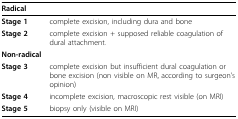
<table><thead><tr><td colspan="2"><b>Radical</b></td></tr></thead><tbody><tr><td><b>Stage 1</b></td><td>complete excision, including dura and bone</td></tr><tr><td><b>Stage 2</b></td><td>complete excision + supposed reliable coagulation of dural attachment.</td></tr><tr><td colspan="2"><b>Non-radical</b></td></tr><tr><td><b>Stage 3</b></td><td>complete excision but insufficient dural coagulation or bone excision (non visible on MR, according to surgeon&#x27;s opinion)</td></tr><tr><td><b>Stage 4</b></td><td>incomplete excision, macroscopic rest visible (on MRI)</td></tr><tr><td><b>Stage 5</b></td><td>biopsy only (visible on MRI)</td></tr></tbody></table>